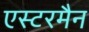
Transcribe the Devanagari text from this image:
एस्टरमैन